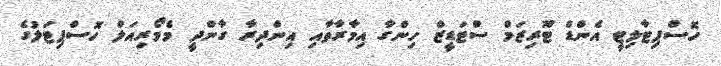
ހޮސްޕިޓާލިޓީ އެންޑް ޓޫރިޒަމް ސްޓަޑީޒް ހިންގާ އިމާރާތާއި އިންދިރާ ގާންދީ މެމޯރިއަލް ހޮސްޕިޓަލުގެ